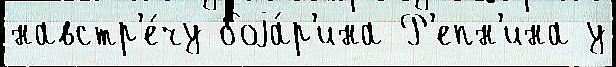
навстр'е́чу боjа́р'ина Р'епн'ина у